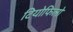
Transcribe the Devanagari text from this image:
टियोफिलो